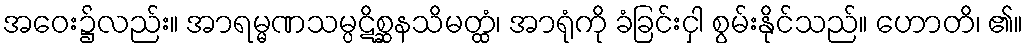
အဝေး၌လည်း။ အာရမ္မဏသမ္ပဋိစ္ဆနသိမတ္ထံ၊ အာရုံကို ခံခြင်းငှါ စွမ်းနိုင်သည်။ ဟောတိ၊ ၏။